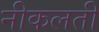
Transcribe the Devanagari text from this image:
नीकलती